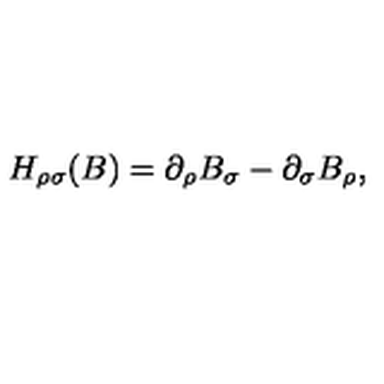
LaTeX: H _ { \rho \sigma } ( B ) = \partial _ { \rho } B _ { \sigma } - \partial _ { \sigma } B _ { \rho } ,